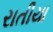
રાતીયા